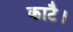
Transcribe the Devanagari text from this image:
काटै।